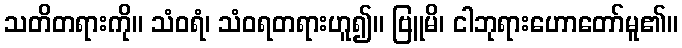
သတိတရားကို။ သံဝရံ၊ သံဝရတရားဟူ၍။ ဗြူမိ၊ ငါဘုရားဟောတော်မူ၏။